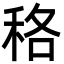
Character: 䅂